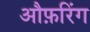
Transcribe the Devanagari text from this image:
औफ़रिंग